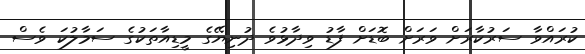
ކުރައްވާ ސަރުކާރަށް ވަރަށް ބޮޑަށް ފާޑު ވިދާޅުވެ ދުނިޔޭގެ މީޑިއާތަކުގެ ސަމާލުކަ ވެސް